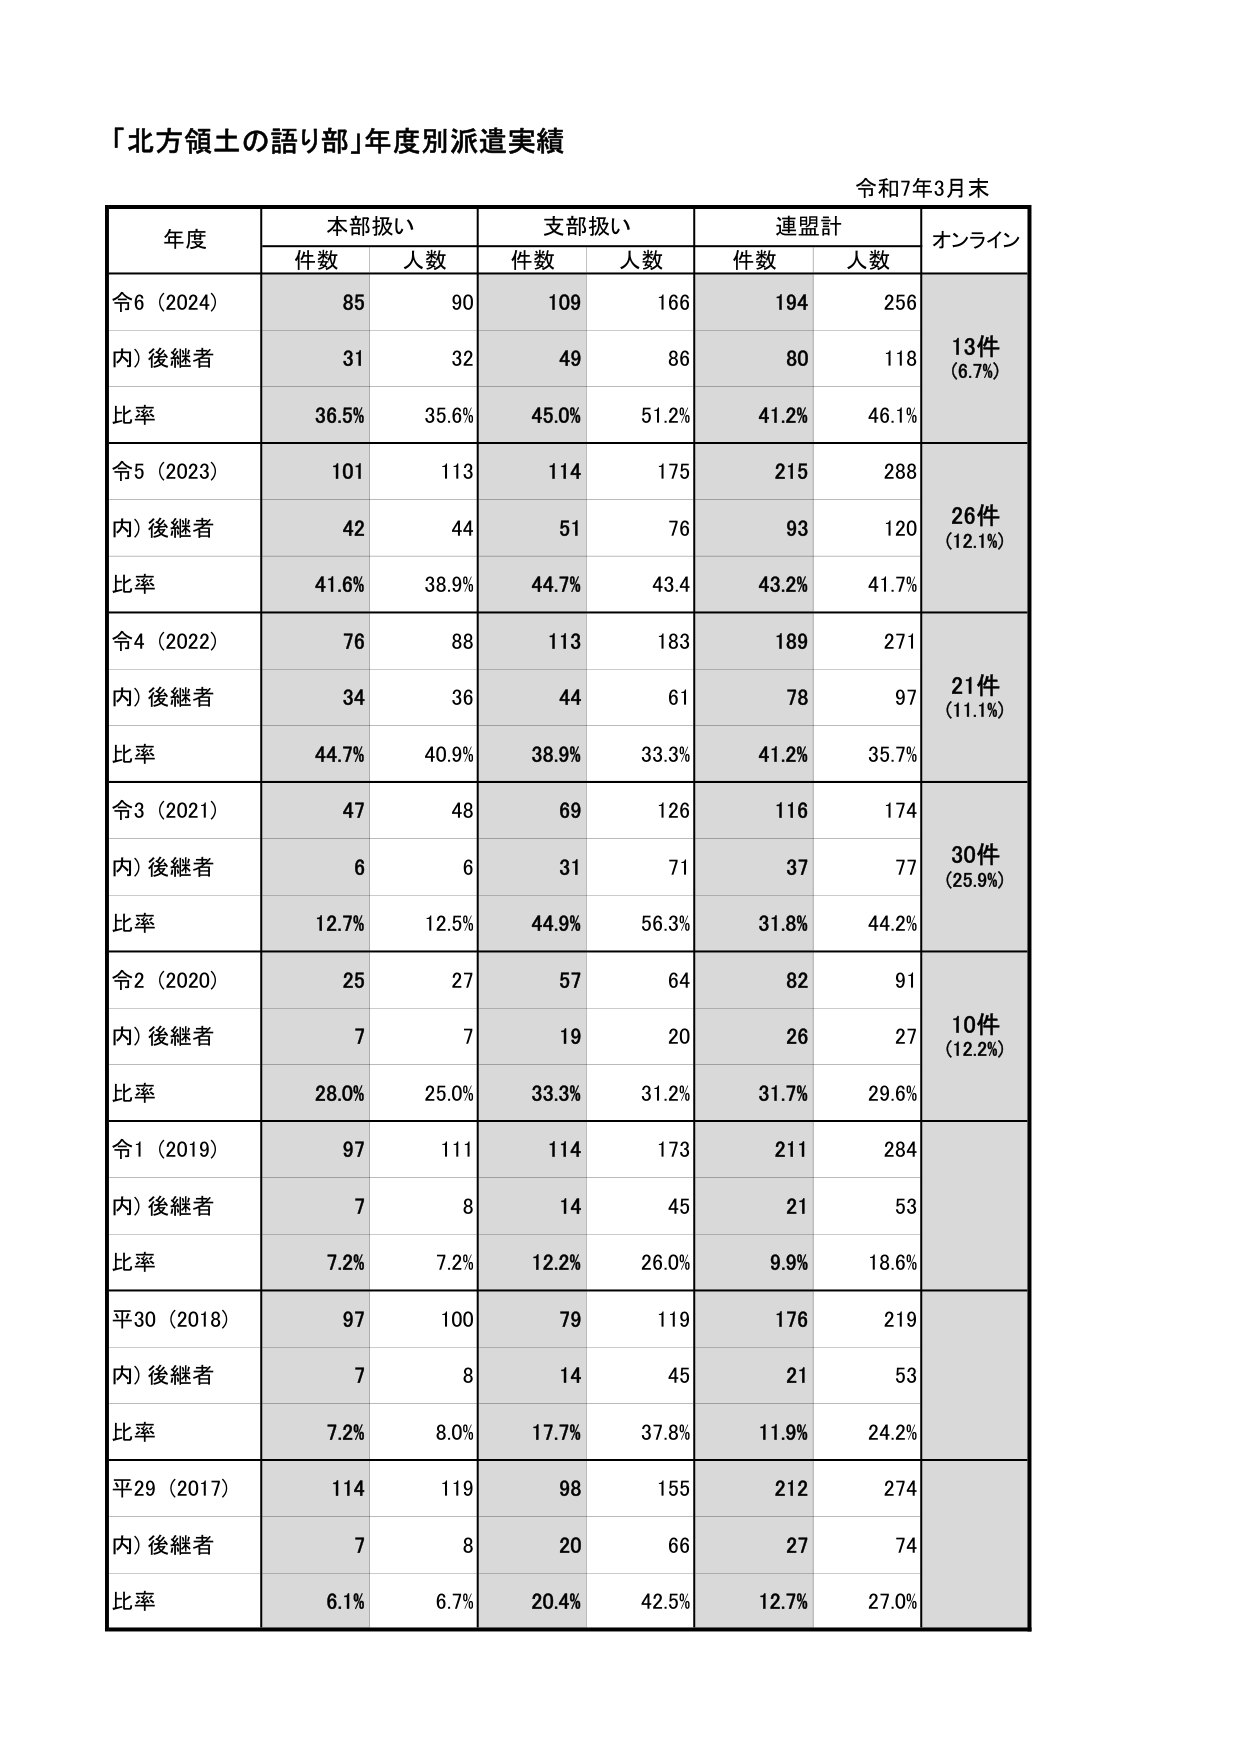
「北方領土の語り部」年度別派遣実績

令和7年3月末

年度 本部扱い 支部扱い 連盟計 オンライン
　　件数 人数 件数 人数 件数 人数

令6（2024） 85 90 109 166 194 256 13件（6.7%）
内）後継者 31 32 49 86 80 118
比率 36.5% 35.6% 45.0% 51.2% 41.2% 46.1%

令5（2023） 101 113 114 175 215 288 26件（12.1%）
内）後継者 42 44 51 76 93 120
比率 41.6% 38.9% 44.7% 43.4 43.2% 41.7%

令4（2022） 76 88 113 183 189 271 21件（11.1%）
内）後継者 34 36 44 61 78 97
比率 44.7% 40.9% 38.9% 33.3% 41.2% 35.7%

令3（2021） 47 48 69 126 116 174 30件（25.9%）
内）後継者 6 6 31 71 37 77
比率 12.7% 12.5% 44.9% 56.3% 31.8% 44.2%

令2（2020） 25 27 57 64 82 91 10件（12.2%）
内）後継者 7 7 19 20 26 27
比率 28.0% 25.0% 33.3% 31.2% 31.7% 29.6%

令1（2019） 97 111 114 173 211 284
内）後継者 7 8 14 45 21 53
比率 7.2% 7.2% 12.2% 26.0% 9.9% 18.6%

平30（2018） 97 100 79 119 176 219
内）後継者 7 8 14 45 21 53
比率 7.2% 8.0% 17.7% 37.8% 11.9% 24.2%

平29（2017） 114 119 98 155 212 274
内）後継者 7 8 20 66 27 74
比率 6.1% 6.7% 20.4% 42.5% 12.7% 27.0%